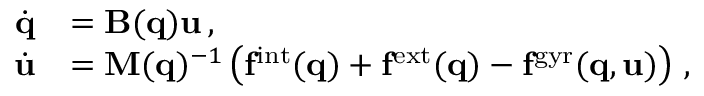
\begin{array} { r l } { \dot { \mathbf q } } & { = \mathbf B ( \mathbf q ) \mathbf u \, , } \\ { \dot { \mathbf u } } & { = \mathbf M ( \mathbf q ) ^ { - 1 } \left( \mathbf f ^ { \mathrm { i n t } } ( \mathbf q ) + \mathbf f ^ { \mathrm { e x t } } ( \mathbf q ) - \mathbf f ^ { \mathrm { g y r } } ( \mathbf q , \mathbf u ) \right) \, , } \end{array}